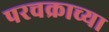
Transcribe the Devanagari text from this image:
परचक्राच्या